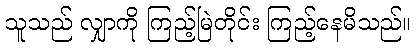
သူသည် လျှာကို ကြည့်မြဲတိုင်း ကြည့်နေမိသည်။